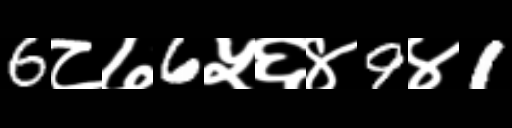
Text: 6८७6५६४9४1